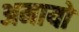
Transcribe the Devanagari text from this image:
अमायो